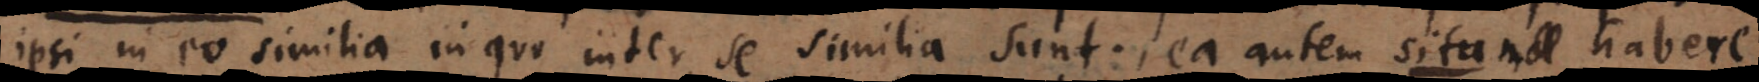
ipsi in eo similia in quo inter se similia sunt. Punctum es